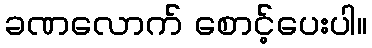
ခဏလောက် စောင့်ပေးပါ။